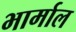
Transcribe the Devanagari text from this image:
भार्माल